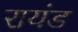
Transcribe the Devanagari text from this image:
रायंड